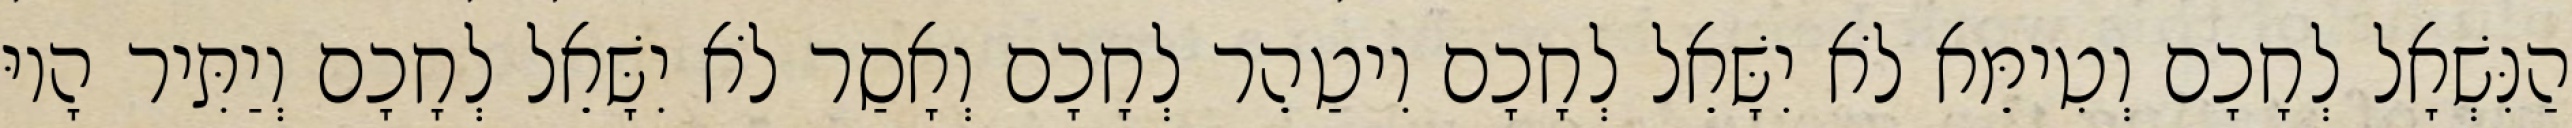
הַנִּשְׁאָל לְחָכָם וְטִימֵּא לֹא יִשָּׁאֵל לְחָכָם וִיטַהֵר לְחָכָם וְאָסַר לֹא יִשָּׁאֵל לְחָכָם וְיַתִּיר הָיוּ